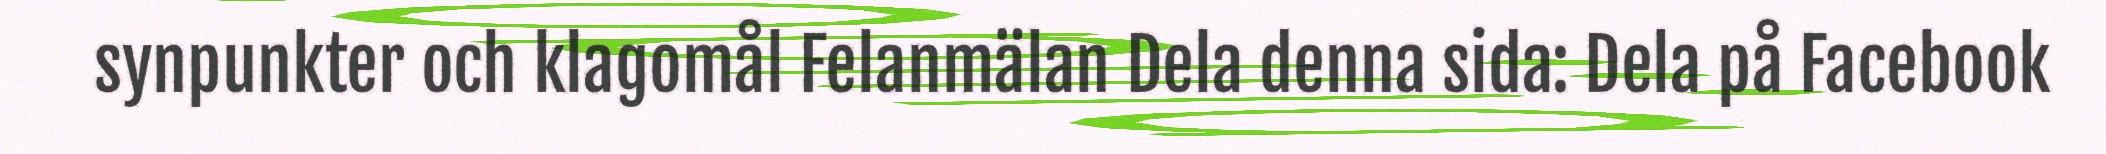
synpunkter och klagomål Felanmälan Dela denna sida: Dela på Facebook